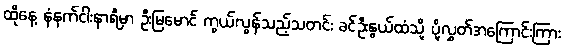
ထိုနေ့ နံနက်ငါးနာရီမှာ ဦးမြမောင် ကွယ်လွန်သည့်သတင်း ခင်ဦးနွယ်ထံသို့ ပို့လွှတ်အကြောင်းကြား